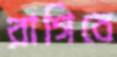
রাগিবে